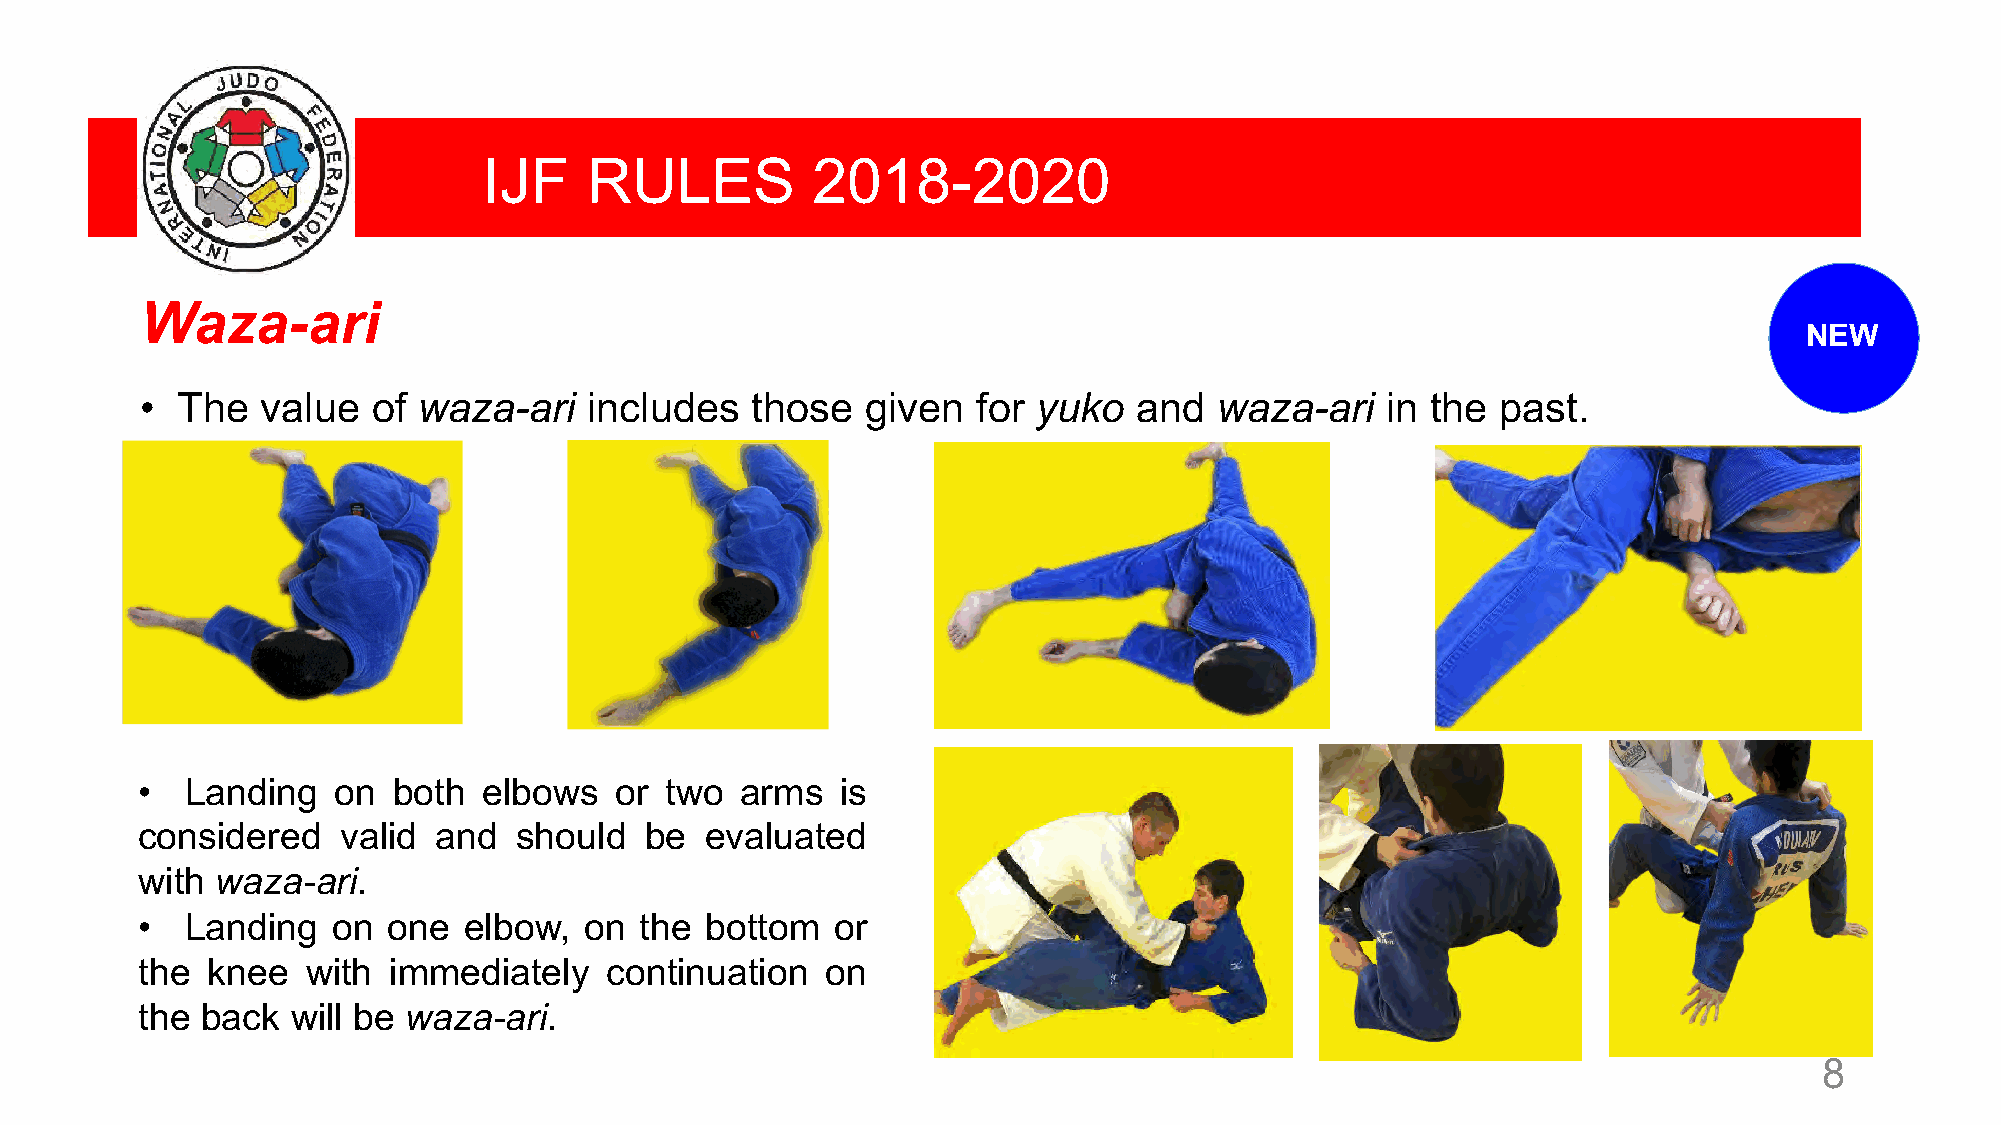
IJF    RULES          2018-2020
 Waza-ari
 NEW
 •  The  value   of waza-ari   includes   those  given   for yuko  and   waza-ari   in the past.
 •  Landing   on  both  elbows   or two  arms   is
 considered   valid  and  should   be  evaluated
 with waza-ari.
 •  Landing   on  one  elbow,  on the  bottom  or
 the  knee  with  immediately   continuation   on
 the back  will be waza-ari.
 8